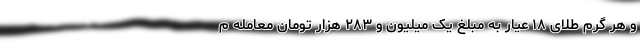
و هر گرم طلای ۱۸ عیار به مبلغ یک میلیون و ۲۸۳ هزار تومان معامله م